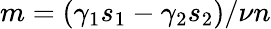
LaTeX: m={{\left(\gamma_{1}s_{1}-\gamma_{2}s_{2}\right)}/{\nu n}}